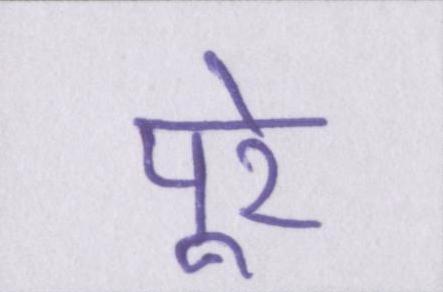
पूरे